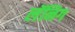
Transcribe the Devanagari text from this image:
लॅनिग